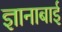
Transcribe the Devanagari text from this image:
ज्ञानाबाई